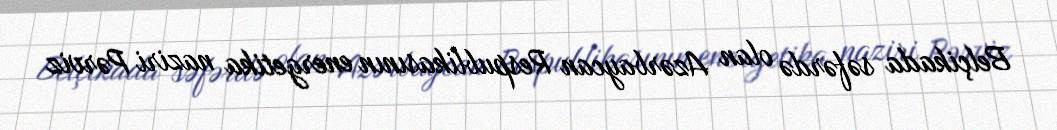
Belçikada səfərdə olan Azərbaycan Respublikasının energetika naziri Pərviz